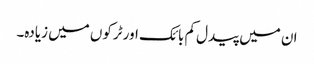
ان میں پیدل کم بائک اور ٹرکوں میں زیادہ۔